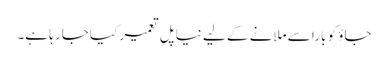
جاؤ کو بارا سے ملانے کے لیے نیا پل تعمیر کیا جا رہا ہے۔